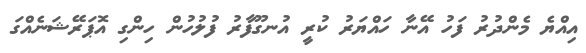
އިއްޔެ މެންދުރު ފަހު އޭނާ ހައްޔަރު ކުރީ އުނގޫފާރު ފުލުހުން ހިންގި އޮޕަރޭޝަނެއްގަ